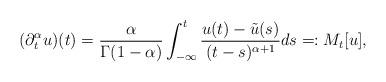
LaTeX: \begin{align*}(\partial_t^\alpha u)(t)=\frac{\alpha}{\Gamma(1-\alpha)}\int_{-\infty}^t\frac{u(t)-\tilde{u}(s)}{(t-s)^{\alpha+1}}ds=:M_t[u],\end{align*}